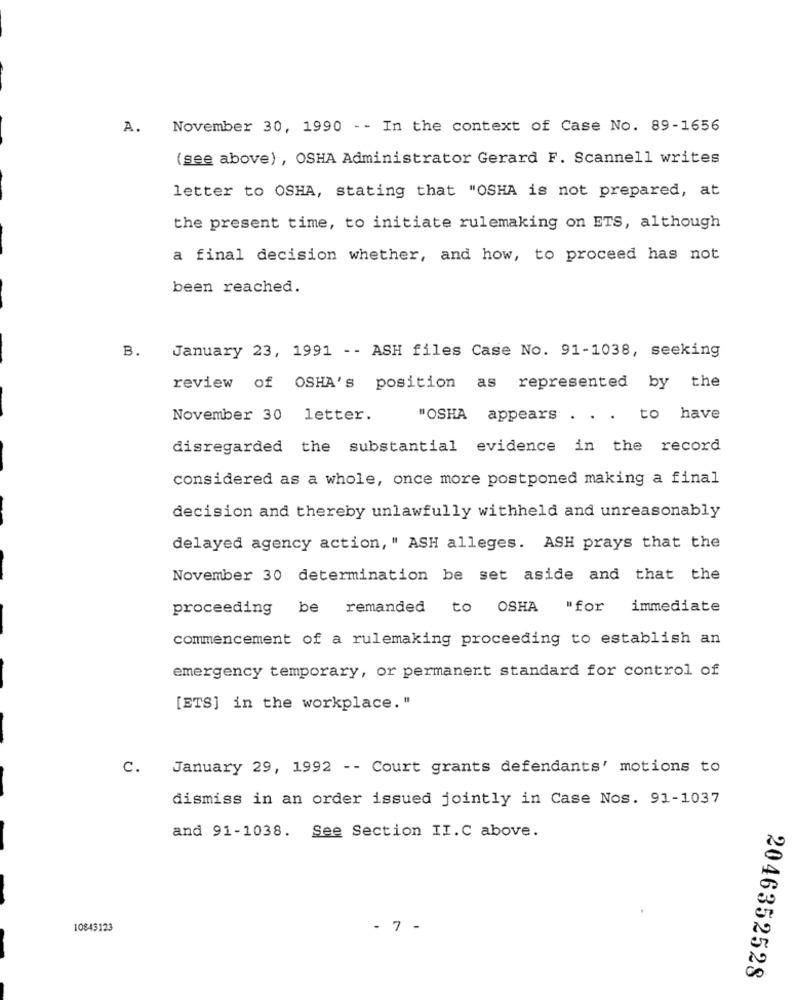
A.
November 30, 1990 - - In the context of Case No. 89-1656
(see above) , OSHA Administrator Gerard F. Scannell writes
letter to OSHA, stating that "OSHA is not prepared, at
the present time, to initiate rulemaking on ETS, although
a final decision whether, and how, to proceed has not
been reached.
B.
January 23, 1991 -- ASH files Case No. 91-1038, seeking
review of OSHA's position as represented by the
November 30 letter.
"OSHA appears . . . to have
disregarded the substantial evidence in the record
considered as a whole, once more postponed making a final
decision and thereby unlawfully withheld and unreasonably
delayed agency action, " ASH alleges. ASH prays that the
November 30 determination be set aside and that the
proceeding
be remanded to OSHA "for immediate
commencement of a rulemaking proceeding to establish an
emergency temporary, or permanent standard for control of
[ETS] in the workplace."
c.
January 29, 1992 -- Court grants defendants' motions to
dismiss in an order issued jointly in Case Nos. 91-1037
and 91-1038. See Section II.C above.
10843123
- 7 -
2046352528